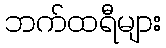
ဘက်ထရီများ